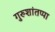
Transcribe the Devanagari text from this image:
गुरुशांतप्पा